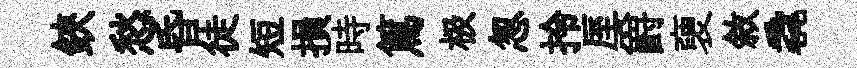
鋏愁昏徒短損時篤极怱拎厔爵褏敘毳